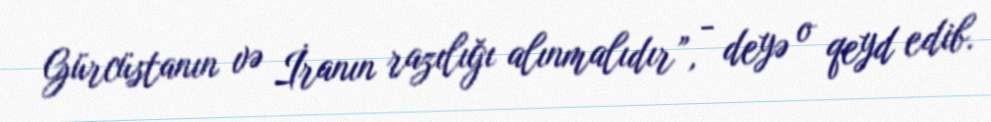
Gürcüstanın və İranın razılığı alınmalıdır”, - deyə o qeyd edib.